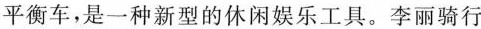
平衡车，是一种新型的休闲娱乐工具。李丽骑行